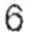
6